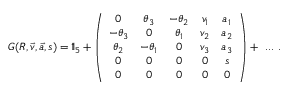
G ( R , { \vec { v } } , { \vec { a } } , s ) = 1 \! \! 1 _ { 5 } + \left( { \begin{array} { c c c c c } { 0 } & { \theta _ { 3 } } & { - \theta _ { 2 } } & { v _ { 1 } } & { a _ { 1 } } \\ { - \theta _ { 3 } } & { 0 } & { \theta _ { 1 } } & { v _ { 2 } } & { a _ { 2 } } \\ { \theta _ { 2 } } & { - \theta _ { 1 } } & { 0 } & { v _ { 3 } } & { a _ { 3 } } \\ { 0 } & { 0 } & { 0 } & { 0 } & { s } \\ { 0 } & { 0 } & { 0 } & { 0 } & { 0 } \end{array} } \right) + \ . . . ~ .